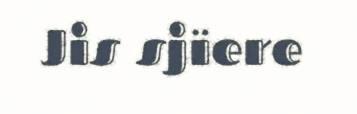
Jis sjïere